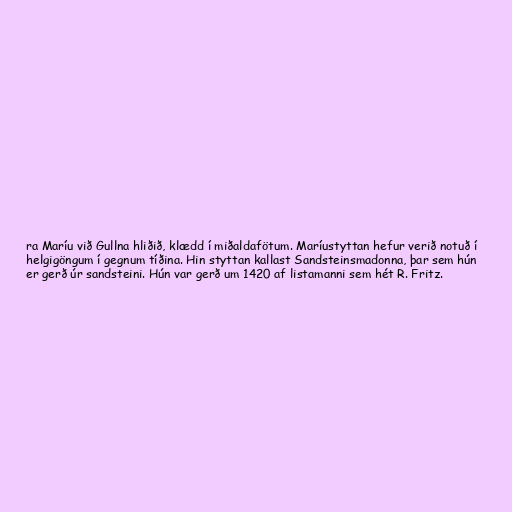
ra Maríu við Gullna hliðið, klædd í miðaldafötum. Maríustyttan hefur verið notuð í
helgigöngum í gegnum tíðina. Hin styttan kallast Sandsteinsmadonna, þar sem hún
er gerð úr sandsteini. Hún var gerð um 1420 af listamanni sem hét R. Fritz.